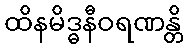
ထိနမိဒ္ဓနီဝရဏန္တိ